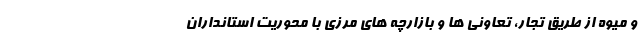
و میوه از طریق تجار، تعاونی ها و بازارچه های مرزی با محوریت استانداران